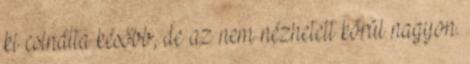
ki csinálta később, de az nem nézhetett körül nagyon.